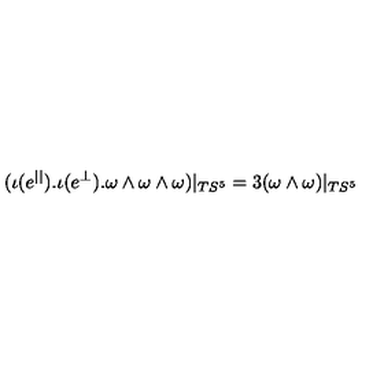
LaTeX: ( \iota ( e ^ { | | } ) . \iota ( e ^ { \perp } ) . \omega \wedge \omega \wedge \omega ) | _ { T S ^ { 5 } } = 3 ( \omega \wedge \omega ) | _ { T S ^ { 5 } }